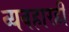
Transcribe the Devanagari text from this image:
व्यवहारही